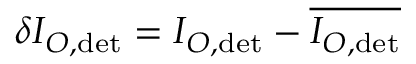
\delta I _ { O , \mathrm { d e t } } = I _ { O , \mathrm { d e t } } - \overline { { I _ { O , \mathrm { d e t } } } }